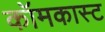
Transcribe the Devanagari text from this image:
कॉमकास्‍ट